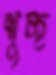
শুচ্ছ